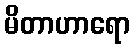
မိတာဟာရော